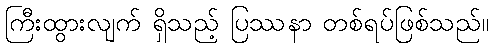
ကြီးထွားလျက် ရှိသည့် ပြဿနာ တစ်ရပ်ဖြစ်သည်။